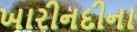
ખારીનદીના